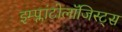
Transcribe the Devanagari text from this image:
इम्प्लांटोलॉजिस्ट्स